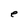
Character: e